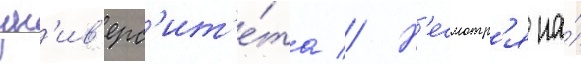
ун'ив'ерс'ит'е́та // Н'есмотр'я на́